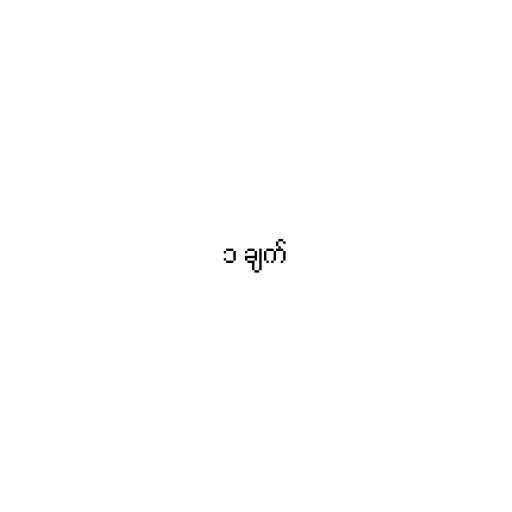
၁ ချက်